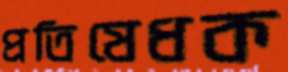
প্রতিষেধক